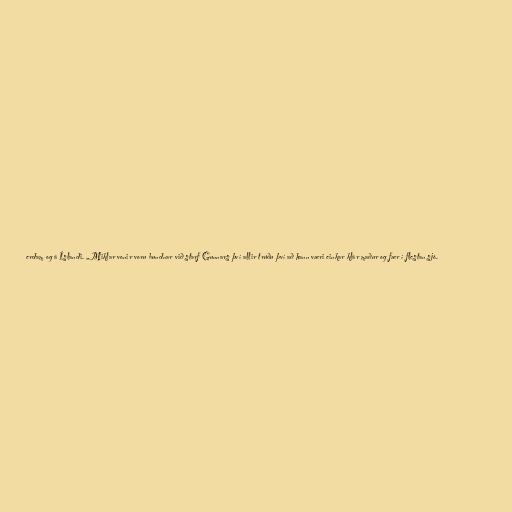
erdam og á Íslandi. „Miklar vonir voru bundnar við starf Gunnars því allir trúðu því að hann væri einkar klár maður og fær í flestan sjó.